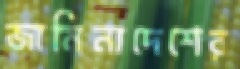
জামিনাদেশের